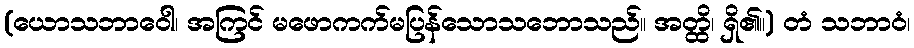
(ယောသဘာဝေါ၊ အကြင် မဖောကက်မပြန်သောသဘောသည်။ အတ္ထိ၊ ရှိ၏။) တံ သဘာဝံ၊